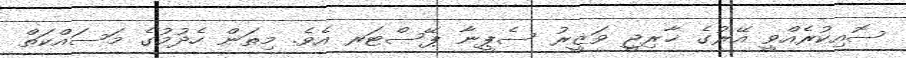
ސޮއިކުރެއްވީ އޭރުގެ ޚާރިޖީ ވަޒީރު ސެޕީނާ ޕޭސްޓަރ އެވެ. މިތަން ހެދުމުގެ މަސައްކަތް